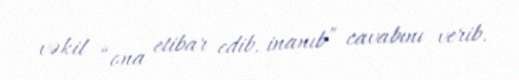
vəkil “ona etibar edib, inanıb” cavabını verib.